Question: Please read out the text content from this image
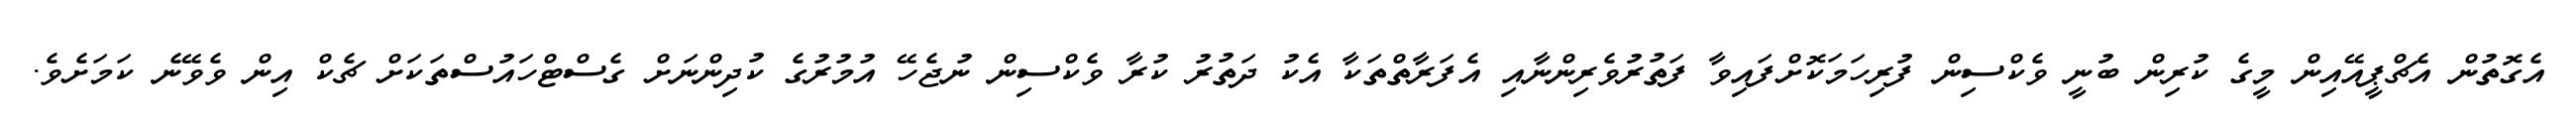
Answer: އެގޮތުން އެޗްޕީއޭއިން މީގެ ކުރިން ބުނީ ވެކްސިން ފުރިހަމަކޮށްފައިވާ ފަތުރުވެރިންނާއި އެފަރާތްތަކާ އެކު ދަތުރު ކުރާ ވެކްސިން ނުޖެހޭ އުމުރުގެ ކުދިންނަށް ގެސްޓްހައުސްތަކަށް ޗެކް އިން ވެވޭނެ ކަމަށެވެ.